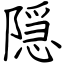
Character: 隠